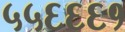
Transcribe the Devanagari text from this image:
५५६६६१